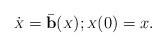
LaTeX: \begin{align*}\dot{{\scriptstyle X}} = \bar{{\bf b}}({\scriptstyle X});{\scriptstyle X}(0) = x.\end{align*}